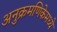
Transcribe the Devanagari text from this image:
अनुक्रमणिकेमध्ये